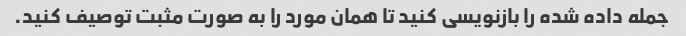
جمله داده شده را بازنویسی کنید تا همان مورد را به صورت مثبت توصیف کنید.